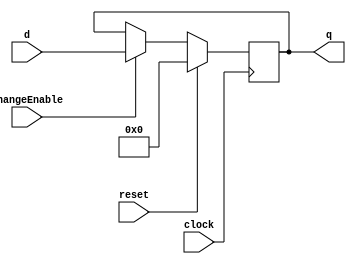
module register4 (
	input [3:0] d,
	input changeEnable,     //Change Enable
	input reset,  //
	input clock,    //
	output reg [3:0] q
);

	always @ (posedge clock) begin 
		if (reset) begin
			q <= 4'h0;
		end else if ( changeEnable ) begin
				q <= d;
		end
	end
	
endmodule